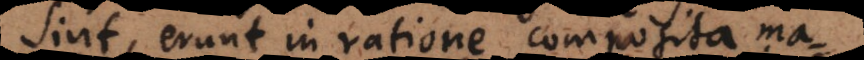
sint, erunt in ratione composita